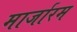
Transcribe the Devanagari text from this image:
मार्जारम